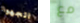
اتجهوا مع